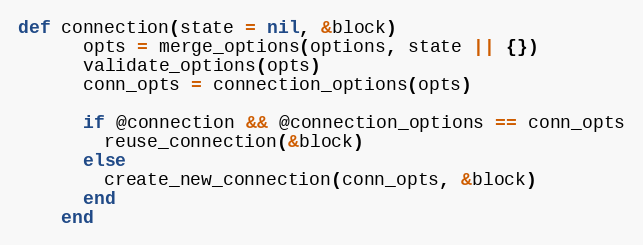
Language: Ruby
def connection(state = nil, &block)
      opts = merge_options(options, state || {})
      validate_options(opts)
      conn_opts = connection_options(opts)

      if @connection && @connection_options == conn_opts
        reuse_connection(&block)
      else
        create_new_connection(conn_opts, &block)
      end
    end